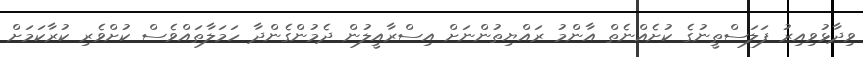
ވިދާޅުވިއިރު ފަލަސްތީނުގެ ކުށެއްނެތް އާންމު ރައްޔިތުންނަށް އިސްރާއީލުން ދެމުންގެންދާ ހަމަލާތައްވެސް ކުށްވެރި ކުރާކަމަށް